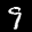
Label: 9